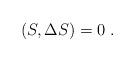
LaTeX: \begin{align*}(S,\Delta S)=0\ . \end{align*}